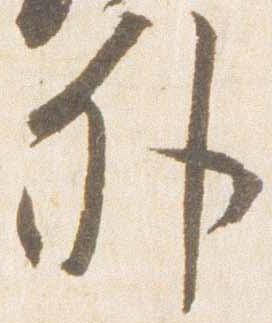
外